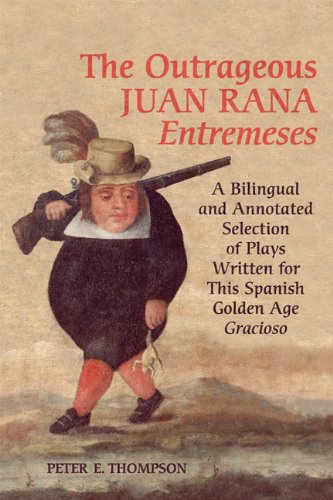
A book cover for The Outrageous Juan Rana Entremeses: A Bilingual and Annotated Selection of Plays Written for This Spanish Age Gracioso (University of Toronto Romance Series); Peter E. Thompson; Gay & Lesbian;